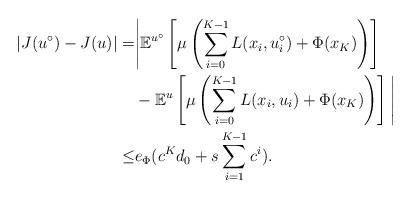
LaTeX: \begin{align*}\begin{aligned} |J(u^\circ)-J(u)|= &\Bigg| \mathbb{E}^{u^\circ}\left[ \mu\left( \sum_{i=0}^{K-1}L(x_i,u^\circ_i)+\Phi(x_K) \right) \right] \\ \ \ &- \mathbb{E}^u\left[ \mu\left( \sum_{i=0}^{K-1}L(x_i,u_i)+\Phi(x_K) \right) \right] \Bigg| \\ \leq & e_\Phi (c^Kd_0+s\sum_{i=1}^{K-1}c^i). \end{aligned}\end{align*}